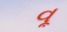
વૂ